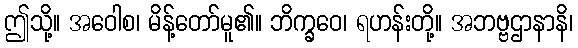
ဤသို့။ အဝေါစ၊ မိန့်တော်မူ၏။ ဘိက္ခဝေ၊ ရဟန်းတို့။ အဘဗ္ဗဌာနာနိ၊